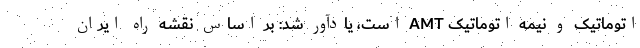
اتوماتیک و نیمه اتوماتیک AMT است، یادآور شد: بر اساس نقشه راه ایران